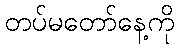
တပ်မတော်နေ့ကို